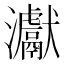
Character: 𤅊